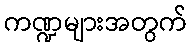
ကဏ္ဍများအတွက်